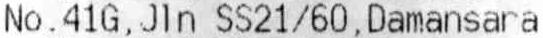
NO.41G,JLN SS21/60,DAMANSARA